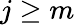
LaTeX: j\ge m